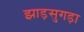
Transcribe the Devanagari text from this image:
झाड़सुगड़ा